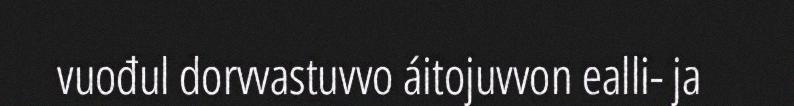
vuođul dorvvastuvvo áitojuvvon ealli- ja